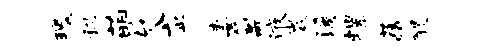
瑰秘萌欠应妻氲液微溪螺藏醍